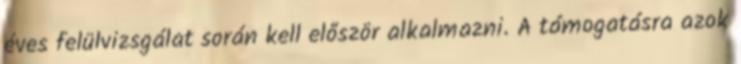
éves felülvizsgálat során kell először alkalmazni. A támogatásra azok